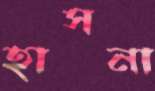
হাসনা